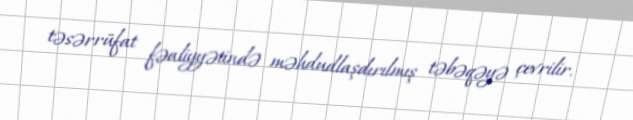
təsərrüfat fəaliyyətində məhdudlaşdırılmış təbəqəyə çevrilir.